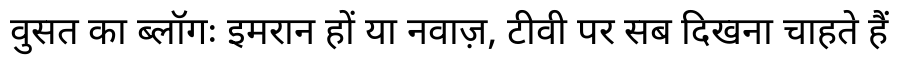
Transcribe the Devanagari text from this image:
वुसत का ब्लॉगः इमरान हों या नवाज़, टीवी पर सब दिखना चाहते हैं